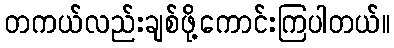
တကယ်လည်းချစ်ဖို့ကောင်းကြပါတယ်။